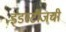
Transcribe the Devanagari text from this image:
इंडस्टीजची